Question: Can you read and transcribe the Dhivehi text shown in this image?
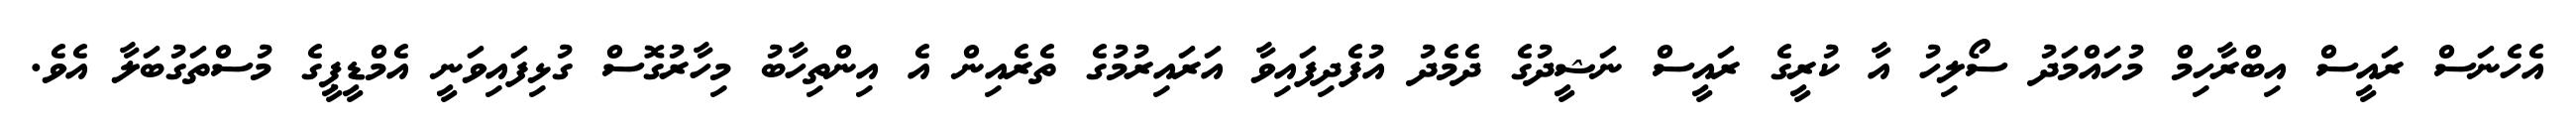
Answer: އެހެނަސް ރައީސް އިބްރާހިމް މުހައްމަދު ސޯލިހު އާ ކުރީގެ ރައީސް ނަޝީދުގެ ދެމެދު އުފެދިފައިވާ އަރައިރުމުގެ ތެރެއިން އެ އިންތިހާބު މިހާރުގޮސް ގުޅިފައިވަނީ އެމްޑީޕީގެ މުސްތަގުބަލާ އެވެ.